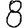
Digit: 8